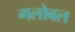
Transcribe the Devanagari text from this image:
गलोबल